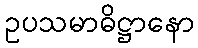
ဥပသမာဓိဋ္ဌာနော